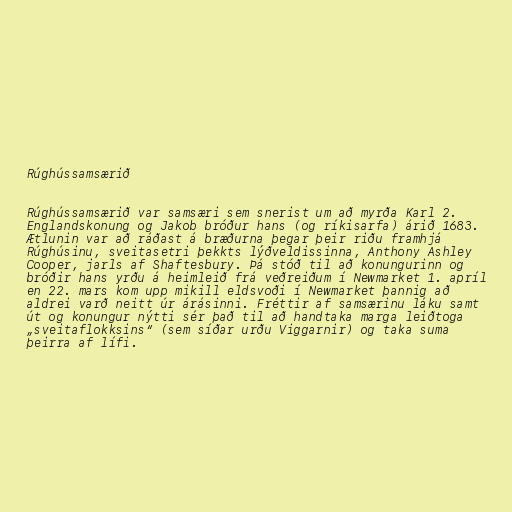
Rúghússamsærið

Rúghússamsærið var samsæri sem snerist um að myrða Karl 2.
Englandskonung og Jakob bróður hans (og ríkisarfa) árið 1683.
Ætlunin var að ráðast á bræðurna þegar þeir riðu framhjá
Rúghúsinu, sveitasetri þekkts lýðveldissinna, Anthony Ashley
Cooper, jarls af Shaftesbury. Þá stóð til að konungurinn og
bróðir hans yrðu á heimleið frá veðreiðum í Newmarket 1. apríl
en 22. mars kom upp mikill eldsvoði í Newmarket þannig að
aldrei varð neitt úr árásinni. Fréttir af samsærinu láku samt
út og konungur nýtti sér það til að handtaka marga leiðtoga
„sveitaflokksins“ (sem síðar urðu Viggarnir) og taka suma
þeirra af lífi.